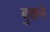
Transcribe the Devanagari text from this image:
बुकने